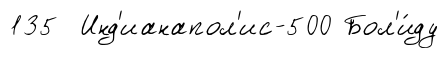
135 Инд'ианапол'ис-500 Бол'и́ду